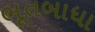
ભૂતબાધા